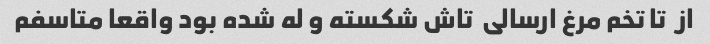
از  تا تخم مرغ ارسالی  تاش شکسته و له شده بود واقعا متاسفم